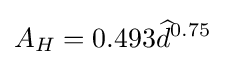
A_{H}=0.493{\widehat {d}}^{0.75}